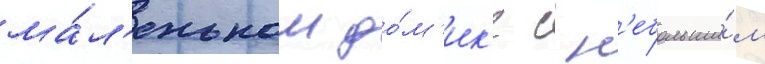
ма́л'еньком до́м'ик'е с н'ебольши́м